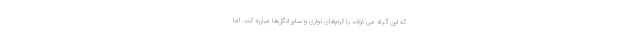
که این گیاه می تواند با کرم‌های نواری و سایر انگل‌ها مبارزه کند. اما